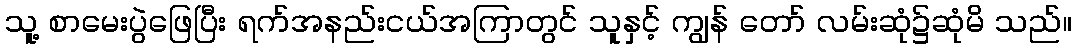
သူ့ စာမေးပွဲဖြေပြီး ရက်အနည်းငယ်အကြာတွင် သူနှင့် ကျွန် တော် လမ်းဆုံ၌ဆုံမိ သည်။